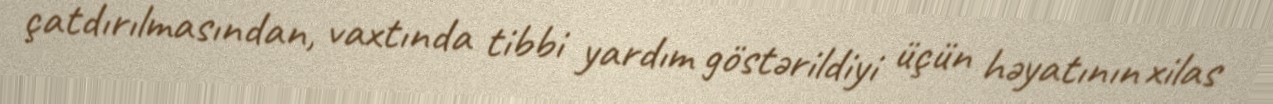
çatdırılmasından, vaxtında tibbi yardım göstərildiyi üçün həyatının xilas